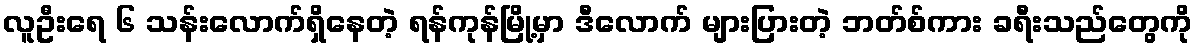
လူဦးရေ ၆ သန်းလောက်ရှိနေတဲ့ ရန်ကုန်မြို့မှာ ဒီလောက် များပြားတဲ့ ဘတ်စ်ကား ခရီးသည်တွေကို